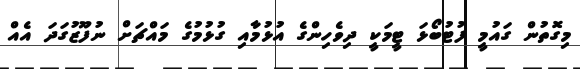
މިގޮތުން ގައުމީ ފުޓުބޯޅަ ޓީމަކީ ދިވެހިންގެ އުޅުމާއި ގުޅުމުގެ މައްޗަށް ނުފޫޒުގަދަ އެއް